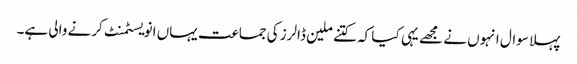
پہلا سوال انہوں نے مجھے یہی کیا کہ کتنے ملین ڈالرز کی جماعت یہاں انویسٹمنٹ کرنے والی ہے۔